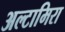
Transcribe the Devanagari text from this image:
अल्टामिरा